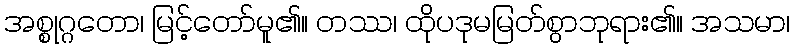
အစ္စုဂ္ဂတော၊ မြင့်တော်မူ၏။ တဿ၊ ထိုပဒုမမြတ်စွာဘုရား၏။ အသမာ၊